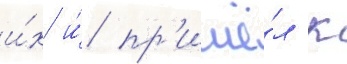
и́х и́ пр'ишё́л к